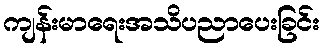
ကျန်းမာရေးအသိပညာပေးခြင်း